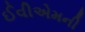
ઈવીએમની